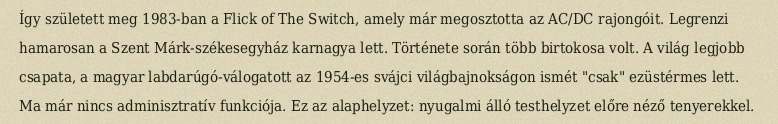
Így született meg 1983-ban a Flick of The Switch, amely már megosztotta az AC/DC rajongóit. Legrenzi hamarosan a Szent Márk-székesegyház karnagya lett. Története során több birtokosa volt. A világ legjobb csapata, a magyar labdarúgó-válogatott az 1954-es svájci világbajnokságon ismét "csak" ezüstérmes lett. Ma már nincs adminisztratív funkciója. Ez az alaphelyzet: nyugalmi álló testhelyzet előre néző tenyerekkel.